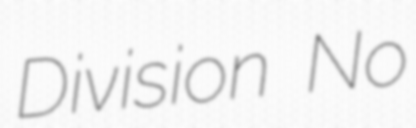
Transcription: Division No